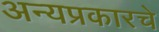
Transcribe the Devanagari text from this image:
अन्यप्रकारचे